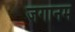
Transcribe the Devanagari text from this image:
जगानम